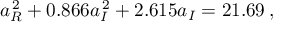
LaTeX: a _ { R } ^ { \, 2 } + 0 . 8 6 6 a _ { I } ^ { \, 2 } + 2 . 6 1 5 a _ { I } = 2 1 . 6 9 \: ,